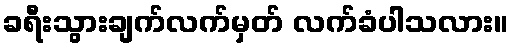
ခရီးသွားချက်လက်မှတ် လက်ခံပါသလား။